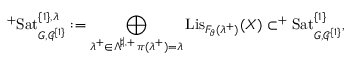
^ { + } \mathrm { S a t } _ { G , \mathscr G ^ { \{ 1 \} } } ^ { \{ 1 \} , \lambda } : = \bigoplus _ { \substack { \lambda ^ { + } \in \Lambda ^ { \sharp , + } \, \pi ( \lambda ^ { + } ) = \lambda } } \mathrm { L i s } _ { F _ { \vartheta } ( \lambda ^ { + } ) } ( X ) \subset ^ { + } \mathrm { S a t } _ { G , \mathscr G ^ { \{ 1 \} } } ^ { \{ 1 \} } ,